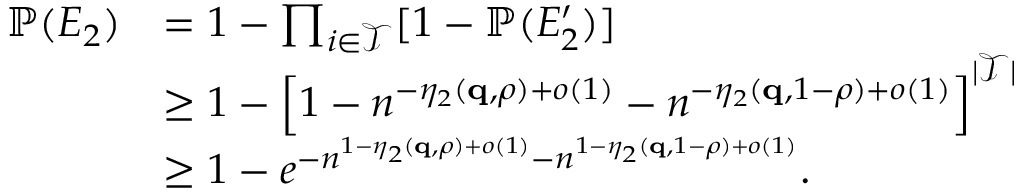
\begin{array} { r l } { { \mathbb P } ( E _ { 2 } ) } & { = 1 - \prod _ { i \in \mathcal { T } } [ 1 - { \mathbb P } ( E _ { 2 } ^ { \prime } ) ] } \\ & { \geq 1 - \Big [ 1 - n ^ { - \eta _ { 2 } ( \mathbf { q } , \rho ) + o ( 1 ) } - n ^ { - \eta _ { 2 } ( \mathbf { q } , 1 - \rho ) + o ( 1 ) } \Big ] ^ { | \mathcal { T } | } } \\ & { \geq 1 - e ^ { - n ^ { 1 - \eta _ { 2 } ( \mathbf { q } , \rho ) + o ( 1 ) } - n ^ { 1 - \eta _ { 2 } ( \mathbf { q } , 1 - \rho ) + o ( 1 ) } } . } \end{array}